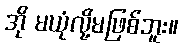
အို မယုံလို့မဖြစ်ဘူး။